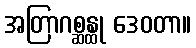
အတြာဂစ္ဆန္ထု ဒေဝတာ။